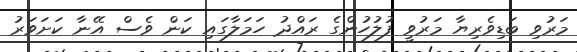
މަރުވި ބަޑިވެރިޔާ މަރުވީ ފުލުހުންގެ ރައްދު ހަމަލާގައި ކަން ވެސް އޭނާ ކަށަވަރު